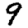
Digit: 9